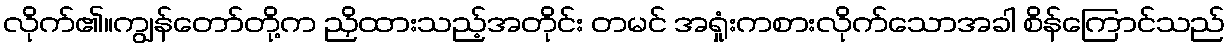
လိုက်၏။ကျွန်တော်တို့က ညှိထားသည့်အတိုင်း တမင် အရှုံးကစားလိုက်သောအခါ စိန်ကြောင်သည်